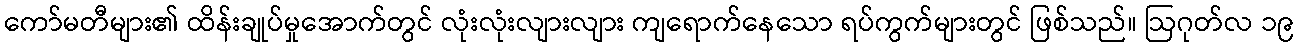
ကော်မတီများ၏ ထိန်းချုပ်မှုအောက်တွင် လုံးလုံးလျားလျား ကျရောက်နေသော ရပ်ကွက်များတွင် ဖြစ်သည်။ ဩဂုတ်လ ၁၉